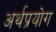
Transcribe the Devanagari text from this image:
अर्थप्रयोग